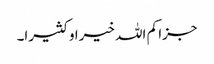
جزا کم اللہ خیرا و کثیرا۔